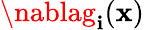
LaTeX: \nablag_{\mathbf{i}}(\mathbf{{x}})